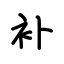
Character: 补